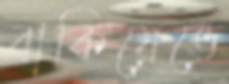
বাকিয়েভে